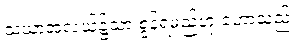
သံဃာ့အလယ်၌သာ စွန့်ရမည်ဟု ဟောသည်။